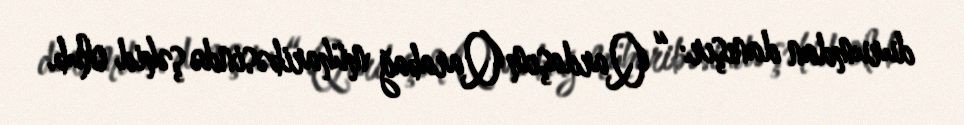
durumdan danışır: “ Qardaşım Qarabağ müharibəsində şəhid olub.